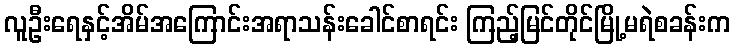
လူဦးရေနှင့်အိမ်အကြောင်းအရာသန်းခေါင်စာရင်း ကြည့်မြင်တိုင်မြို့မရဲစခန်းက